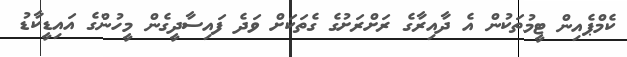
ކެމްޕެއިން ޓީމުތަކުން އެ ދާއިރާގެ ރަށްރަށުގެ ގެތަކަށް ވަދެ ފައިސާދީގެން މީހުންގެ އައިޑީކާޑު